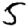
Digit: 5